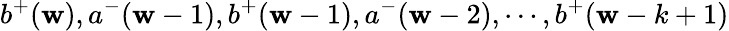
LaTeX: b^{+}(\mathbf{w}),a^{-}(\mathbf{w}-1),b^{+}(\mathbf{w}-1),a^{-}(\mathbf{w}-2),\cdots,b^{+}(\mathbf{w}-k+1)